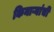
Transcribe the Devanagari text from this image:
किनाऱ्यांची